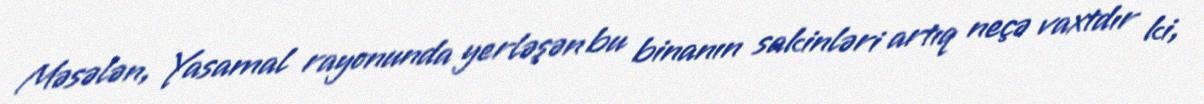
Məsələn, Yasamal rayonunda yerləşən bu binanın sakinləri artıq neçə vaxtdır ki,